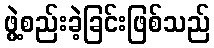
ဖွဲ့စည်းခဲ့ခြင်းဖြစ်သည်